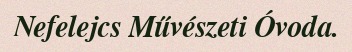
Nefelejcs Művészeti Óvoda.